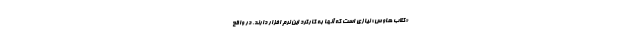
«کلاب هاوس» نیازی است که آنها به کارکرد این نرم افزار دارند. در واقع